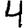
Digit: 4